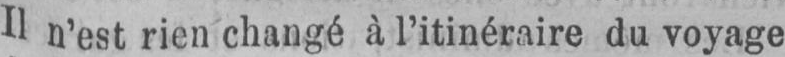
Il n’est rien changé à l’itinéraire du voyage